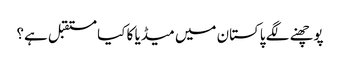
پوچھنے لگے پاکستان میں میڈیا کا کیا مستقبل ہے؟